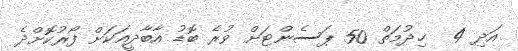
އަދި 4  ޚިދުމަތް 50 ޕަސެންޓަށް ވުރެ ބޮޑު އާބާދީއަކަށް ފޯރުކޮށްދެ